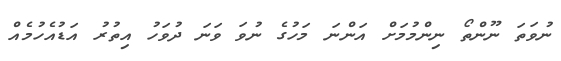
ނުވަތަ ނޫންތޯ ނިންމުމަށް އަންނަ މަހުގެ ނުވަ ވަނަ ދުވަހު އިތުރު އަޑުއެހުމެއް